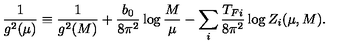
{ \frac { 1 } { g ^ { 2 } ( \mu ) } } \equiv { \frac { 1 } { g ^ { 2 } ( M ) } } + { \frac { b _ { 0 } } { 8 \pi ^ { 2 } } } \log { \frac { M } { \mu } } - \sum _ { i } { \frac { T _ { F i } } { 8 \pi ^ { 2 } } } \log Z _ { i } ( \mu , M ) .